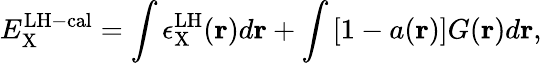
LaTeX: E_{\mathrm{X}}^{\mathrm{LH-cal}}=\int{\epsilon_{\mathrm{X}}^{\mathrm{LH}}(\mathbf{r})d\mathbf{r}}+\int{[1-a(\mathbf{r})]G(\mathbf{r})d\mathbf{r}},